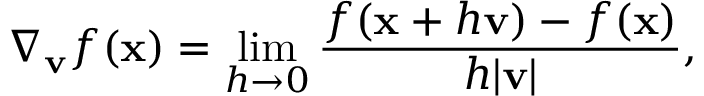
\nabla _ { \mathbf { v } } { f } ( \mathbf { x } ) = \operatorname* { l i m } _ { h \rightarrow 0 } { \frac { f ( \mathbf { x } + h \mathbf { v } ) - f ( \mathbf { x } ) } { h | \mathbf { v } | } } ,